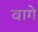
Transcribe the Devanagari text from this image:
वागे